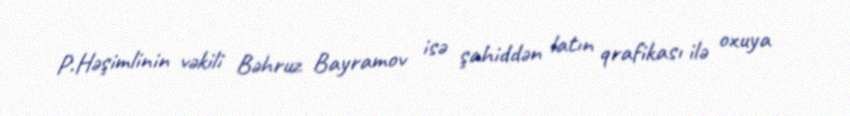
P.Həşimlinin vəkili Bəhruz Bayramov isə şahiddən latın qrafikası ilə oxuya